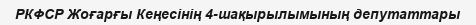
РКФСР Жоғарғы Кеңесінің 4-шақырылымының депутаттары